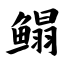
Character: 鳎